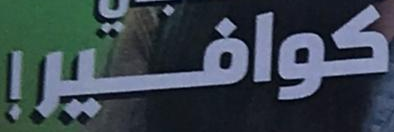
!كوافير